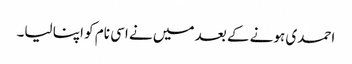
احمدی ہونے کے بعد میں نے اسی نام کو اپنا لیا۔